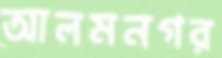
আলমনগর